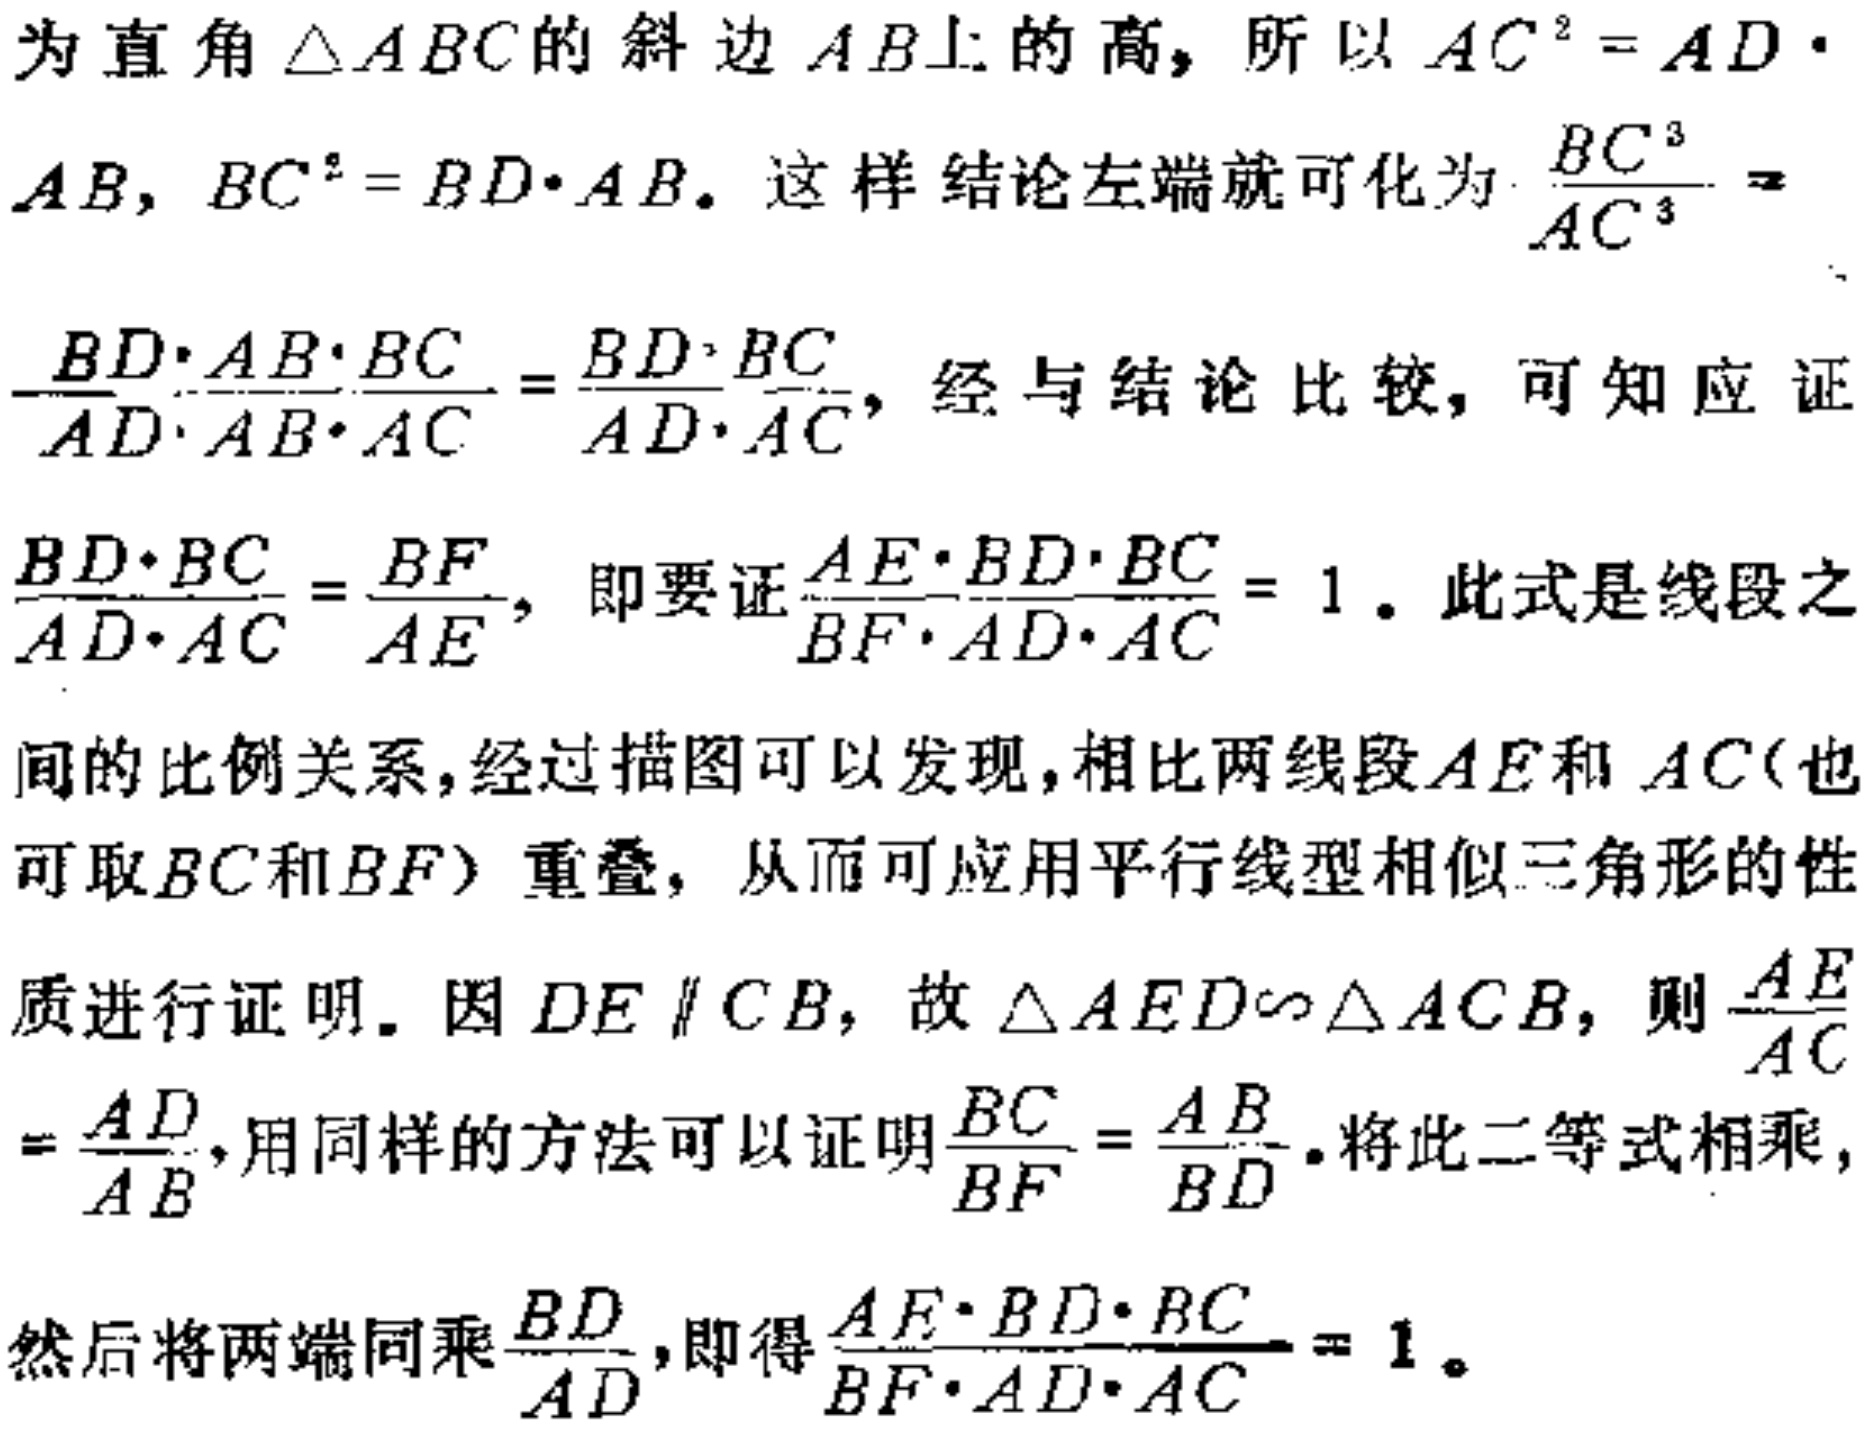
为直角\(\triangle ABC\)的斜边\(AB\)上的高，所以\(AC^{2}=AD\cdot AB\)，\(BC^{2}=BD\cdot AB\)。这样结论左端就可化为\(\frac{BC^{3}}{AC^{3}}=\frac{BD\cdot AB\cdot BC}{AD\cdot AB\cdot AC}=\frac{BD\cdot BC}{AD\cdot AC}\)，经与结论比较，可知应证\(\frac{BD\cdot BC}{AD\cdot AC}=\frac{BF}{AE}\)，即要证\(\frac{AE\cdot BD\cdot BC}{BF\cdot AD\cdot AC}=1\)。此式是线段之间的比例关系，经过描图可以发现，相比两线段\(AE\)和\(AC\)（也可取\(BC\)和\(BF\)）重叠，从而可应用平行线型相似三角形的性质进行证明。因\(DE \parallel CB\)，故\(\triangle AED\sim\triangle ACB\)，则\(\frac{AE}{AC}=\frac{AD}{AB}\)，用同样的方法可以证明\(\frac{BC}{BF}=\frac{AB}{BD}\)。将此二等式相乘，然后将两端同乘\(\frac{BD}{AD}\)，即得\(\frac{AE\cdot BD\cdot BC}{BF\cdot AD\cdot AC}=1\)。